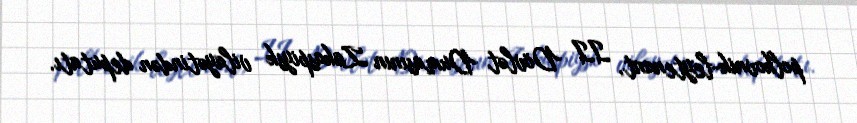
polkovnik-leytenant, II Dövlət Dumasının Zakaspiysk vilayətindən deputatı.